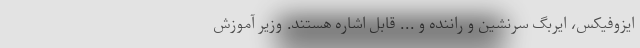
ایزوفیکس، ایربگ سرنشین و راننده و ... قابل اشاره هستند. وزیر آموزش